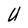
Character: U